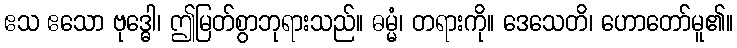
ဧသ ဧသော ဗုဒ္ဓေါ၊ ဤမြတ်စွာဘုရားသည်။ ဓမ္မံ၊ တရားကို။ ဒေသေတိ၊ ဟောတော်မူ၏။